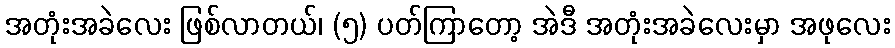
အတုံးအခဲလေး ဖြစ်လာတယ်၊ (၅) ပတ်ကြာတော့ အဲဒီ အတုံးအခဲလေးမှာ အဖုလေး